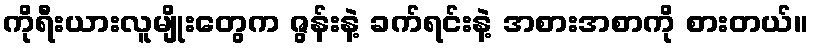
ကိုရီးယားလူမျိုးတွေက ဇွန်းနဲ့ ခက်ရင်းနဲ့ အစားအစာကို စားတယ်။